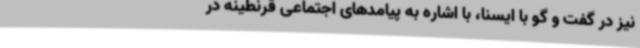
نیز در گفت و گو با ایسنا، با اشاره به پیامدهای اجتماعی قرنطینه در